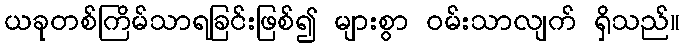
ယခုတစ်ကြိမ်သာရခြင်းဖြစ်၍ များစွာ ဝမ်းသာလျက် ရှိသည်။